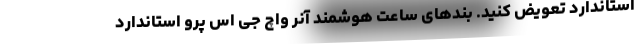
استاندارد تعویض کنید. بندهای ساعت هوشمند آنر واچ جی اس پرو استاندارد